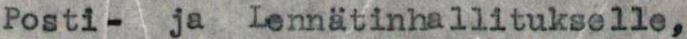
Posti- ja Lennätinhallitukselle,